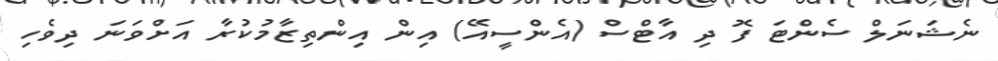
ނެޝަނަލް ސެންޓަ ފޮ ދި އާޓްސް (އެންސީއޭ) އިން އިންތިޒާމުކުރާ އަށްވަނަ ދިވެހި